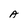
Character: A